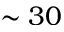
\sim 3 0